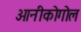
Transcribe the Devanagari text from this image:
ओनीकोगोल